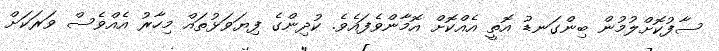
ސާފުކޮށްލުމުން ބިންގަނޑު އޮތީ އެއްކޮށް އޮމާންވެފައެވެ. ކުދިންގެ ފިޔަވަޅުތައް މިހާރު އެއްވެސް ވަރަކަށް